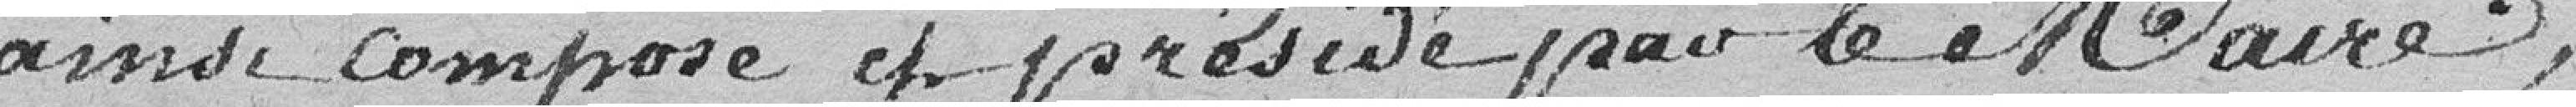
ainsi composé et présidé par le Maire